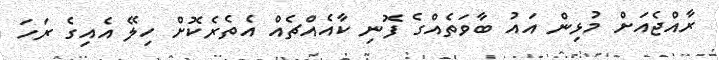
ރާއްޖެއަށް މުޅިން އައު ބާވަތެއްގެ ފޮނި ކާއެއްޗެއް އެތެރެކޮށް ހިލޭ އެއިގެ ރަހަ